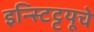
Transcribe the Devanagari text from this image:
इन्स्टिट्टयूचे